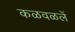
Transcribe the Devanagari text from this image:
कळवळलें